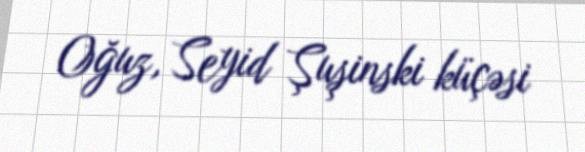
Oğuz, Seyid Şuşinski küçəsi